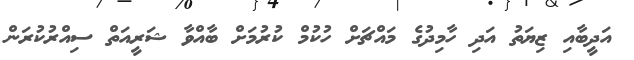
އަދީބާއި ޒިޔަތު އަދި ހާމިދުގެ މައްޗަށް ހުކުމް ކުރުމަށް ބާއްވާ ޝަރީއަތް ސިއްރުކުރަން